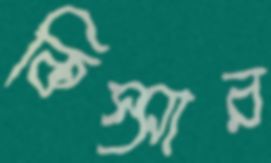
কিস্সার